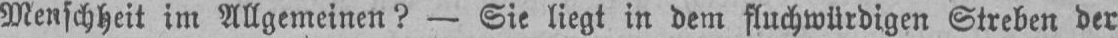
Menschheit im Allgemeinen? - Sie liegt in dem fluchwürdigen Streben der